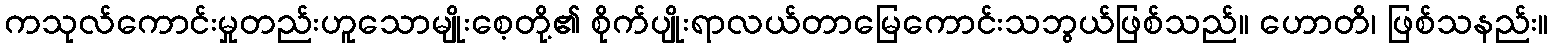
ကသုလ်ကောင်းမှုတည်းဟူသောမျိုးစေ့တို့၏ စိုက်ပျိုးရာလယ်တာမြေကောင်းသဘွယ်ဖြစ်သည်။ ဟောတိ၊ ဖြစ်သနည်း။